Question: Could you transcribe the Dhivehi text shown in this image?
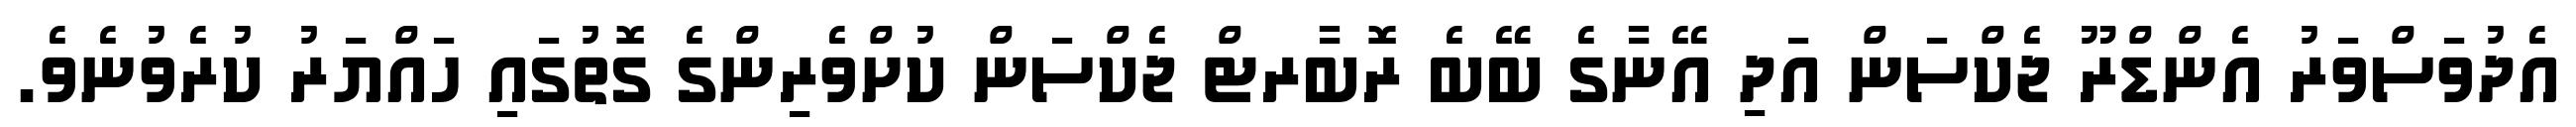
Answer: އެދުވަސްވަރު އެންޑްރޫ ޖެކްސަން އަދި އޭނާގެ ބޭބެ ރޮބާރޓް ޖެކްސަން ކުށްވެރިންގެ ގޮތުގައި ހައްޔަރު ކުރެވުނެވެ.